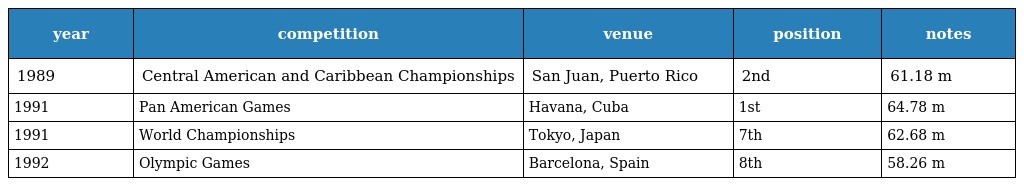
| year | competition | venue | position | notes |
 | --- | --- | --- | --- | --- |
 | 1989 | Central American and Caribbean Championships | San Juan, Puerto Rico | 2nd | 61.18 m |
 | 1991 | Pan American Games | Havana, Cuba | 1st | 64.78 m |
 | 1991 | World Championships | Tokyo, Japan | 7th | 62.68 m |
 | 1992 | Olympic Games | Barcelona, Spain | 8th | 58.26 m |